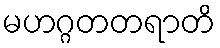
မဟဂ္ဂတတရာတိ